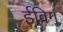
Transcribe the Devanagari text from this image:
ईविग